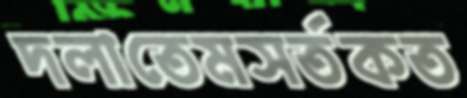
দলাতেমসর্তকত